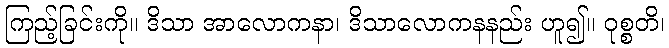
ကြည့်ခြင်းကို။ ဒိသာ အာလောကနာ၊ ဒိသာလောကနနည်း ဟူ၍။ ဝုစ္စတိ၊